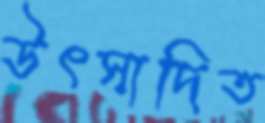
উৎসাদিত